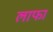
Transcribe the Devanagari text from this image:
लाफा